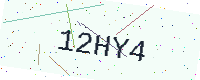
Text: 12HY4